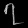
Digit: ၇